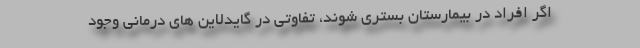
اگر افراد در بیمارستان بستری شوند، تفاوتی در گایدلاین های درمانی وجود